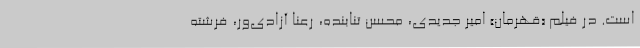
است. در فیلم «قهرمان» امیر جدیدی، محسن تنابنده، رعنا آزادی‌ور، فرشته